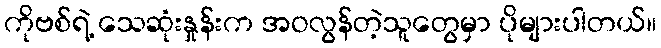
ကိုဗစ်ရဲ့ သေဆုံးနှုန်းက အဝလွန်တဲ့သူတွေမှာ ပိုများပါတယ်။